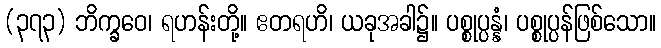
(၃၇၃) ဘိက္ခဝေ၊ ရဟန်းတို့။ ဧတရဟိ၊ ယခုအခါ၌။ ပစ္စုပ္ပန္နံ၊ ပစ္စုပ္ပန်ဖြစ်သော။